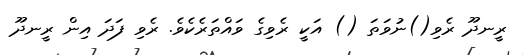
ރީނދޫ ރެވި()ނުވަތަ () އަކީ ރެވިގެ ވައްތަރެކެވެ. ރެވި ފަދަ އިން ރީނދޫ